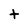
Character: t